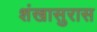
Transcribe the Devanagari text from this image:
शंखासुरास